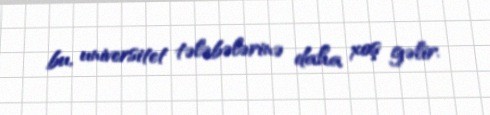
bu, universitet tələbələrinə daha xoş gəlir.